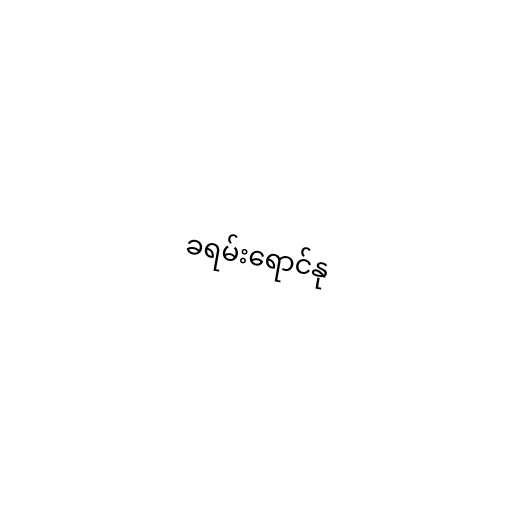
ခရမ်းရောင်နု